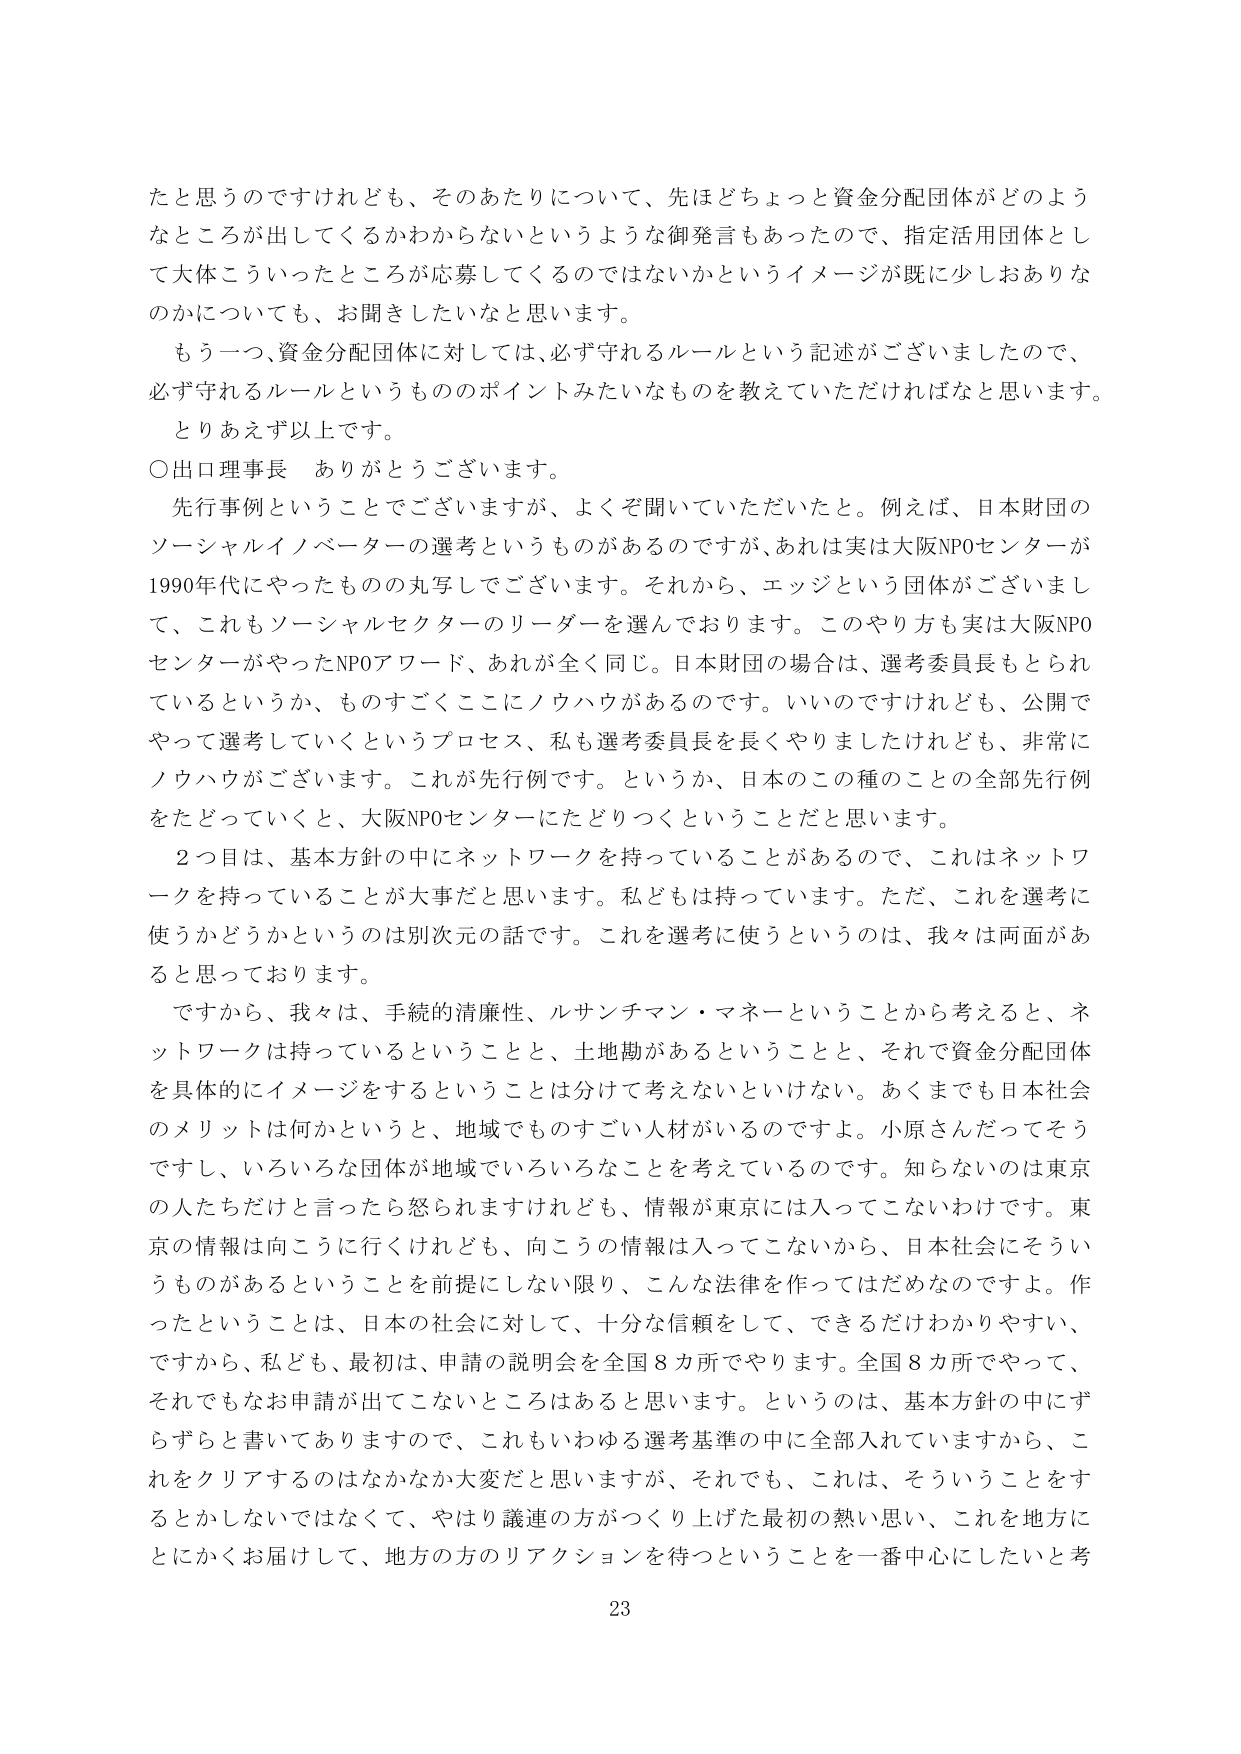
たと思うのですけれども、そのあたりについて、先ほどちょっと資金分配団体がどのようなところが出してくるかわからないというような御発言もあったので、指定活用団体として大体こういったところが応募してくるのではないかなというイメージが既に少しおありなのかについても、お聞きしたいなと思います。

もう一つ、資金分配団体に対しては、必ず守れるルールという記述がございましたので、必ず守れるルールというもののポイントみたいなものを教えていただければなと思います。

とりあえず以上です。

○出口理事長　ありがとうございます。

先行事例ということでございますが、よくぞ聞いていただいたと。例えば、日本財団のソーシャルイノベーターの選考というものがあるのですが、あれは実は大阪NPOセンターが1990年代にやったものの丸写しでございます。それから、エッジという団体がございまして、これもソーシャルセクターのリーダーを選んでおります。このやり方も実は大阪NPOセンターがやったNPOアワード、あれが全く同じ。日本財団の場合は、選考委員長もとられているというか、ものすごくここにノウハウがあるのです。いいのですけれども、公開でやって選考していくというプロセス、私も選考委員長を長くやりましたけれども、非常にノウハウがございます。これが先行例です。というか、日本のこの種のことの全部先行例をたどっていくと、大阪NPOセンターにたどりつくということだと思います。

2つ目は、基本方針の中にネットワークを持っていることがあるので、これはネットワークを持っていることが大事だと思います。私どもは持っています。ただ、これを選考に使うかどうかというのは別次元の話です。これを選考に使うというのは、我々は両面があると思っております。

ですから、我々は、手続の清廉性、ルサンチマン・マネーということから考えると、ネットワークは持っているということと、土地勘があるということと、それで資金分配団体を具体的にイメージをするということとは分けて考えないといけない。あくまでも日本社会のメリットは何かというと、地域でものすごい人材がいるのですよ。小原さんだってそうですし、いろいろな団体が地域でいろいろなことを考えているのです。知らないのは東京の人たちだけと言ったら怒られますけれども、情報が東京には入ってこないわけです。東京の情報は向こうに行くけれども、向こうの情報は入ってこないから、日本社会にそういうものがあるということを前提にしない限り、こんな法律を作ってはだめなのですよ。作ったということは、日本の社会に対して、十分な信頼をして、できるだけわかりやすい、ですから、私ども、最初は、申請の説明会を全国8カ所でやります。全国8カ所でやって、それでもなお申請が出てこないところはあると思います。というのは、基本方針の中にずらずらと書いてありますので、これもいわゆる選考基準の中に全部入れていますから、これをクリアするのはなかなか大変だと思いますが、それでも、これは、そういうことをするとかしないではなくて、やはり議連の方がつくり上げた最初の熱い思い、これを地方にとにかくお届けして、地方の方のリアクションを待つということを一番中心にしたいと考

23